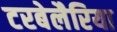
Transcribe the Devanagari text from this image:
टरबेलैरिया